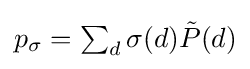
\textstyle p_{\sigma }=\sum _{d}\sigma (d){\tilde {P}}(d)